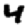
Digit: 4